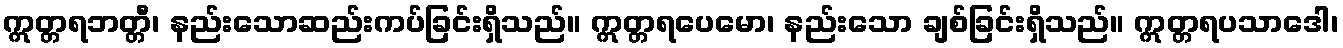
ဣတ္တရဘတ္တီ၊ နည်းသောဆည်းကပ်ခြင်းရှိသည်။ ဣတ္တရပေမော၊ နည်းသော ချစ်ခြင်းရှိသည်။ ဣတ္တရပသာဒေါ၊